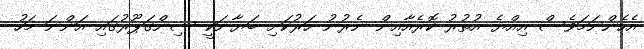
އެހެންނަމަވެސް އިއްޔެ އުތުރު ކޮރެއާއިން ނެރުނު ހަރުކަށި ބަޔާނަކީ ސިންގަޕޫރުގައި އަންނަ މަހު